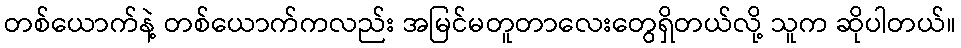
တစ်ယောက်နဲ့ တစ်ယောက်ကလည်း အမြင်မတူတာလေးတွေရှိတယ်လို့ သူက ဆိုပါတယ်။